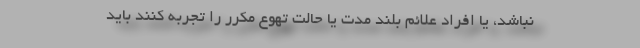
نباشد، یا افراد علائم بلند مدت یا حالت تهوع مکرر را تجربه کنند باید